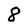
Character: 8